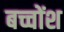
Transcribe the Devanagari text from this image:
बच्चोंश